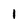
Character: i